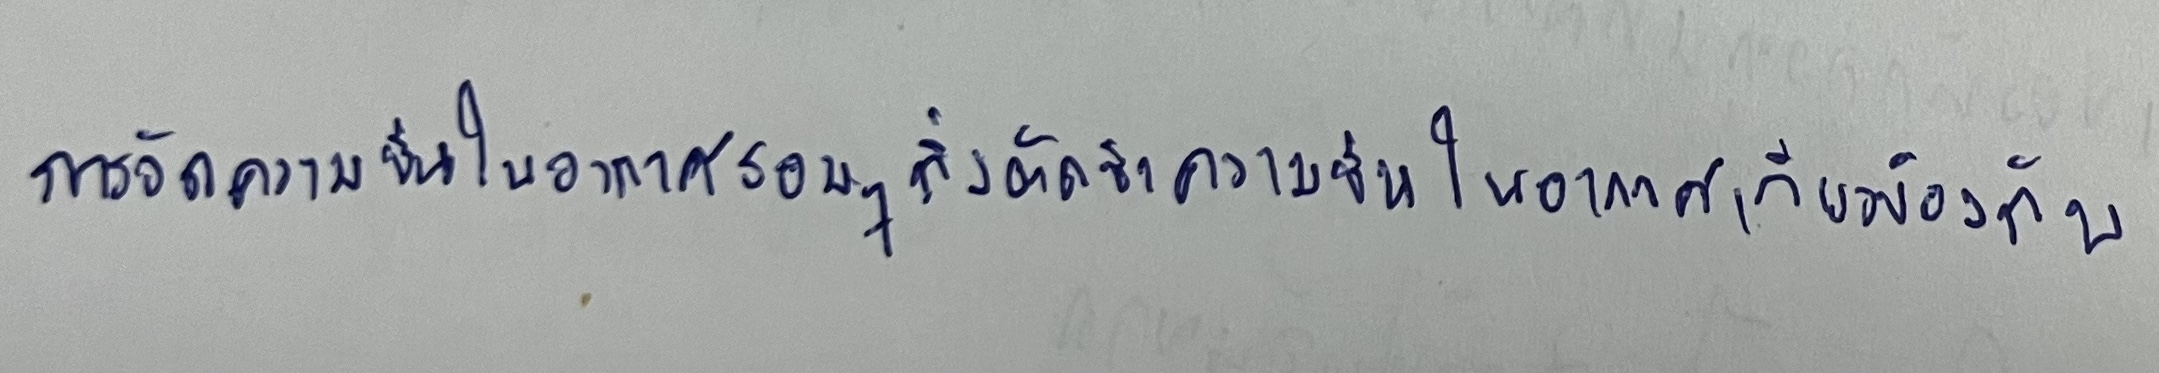
การจัดความชื้นในอากาศรอบๆกิ่งตัดชำความชื้นในอากาศเกี่ยวข้องกับ